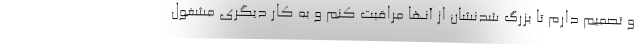
و تصمیم دارم تا بزرگ شدنشان از آنها مراقبت کنم و به کار دیگری مشغول